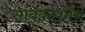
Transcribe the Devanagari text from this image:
सावकाशीन